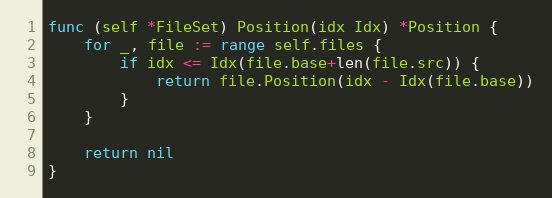
Language: Go
func (self *FileSet) Position(idx Idx) *Position {
	for _, file := range self.files {
		if idx <= Idx(file.base+len(file.src)) {
			return file.Position(idx - Idx(file.base))
		}
	}

	return nil
}